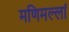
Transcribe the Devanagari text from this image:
मणिमल्लां